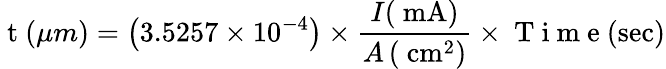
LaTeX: \mathrm{~t~}(\mu m)=\left(3.5257\times 10^{-4}\right)\times\frac{I(\mathrm{~mA})}{A\left(\mathrm{~cm}^{2}\right)}\times\mathrm{~T~i~m~e~}(\mathrm{sec})